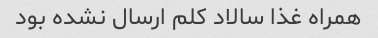
همراه غذا سالاد کلم ارسال نشده بود